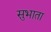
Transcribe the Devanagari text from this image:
सुभाता